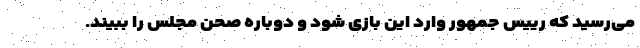
می‌رسید که رییس جمهور وارد این بازی شود و دوباره صحن مجلس را ببیند.